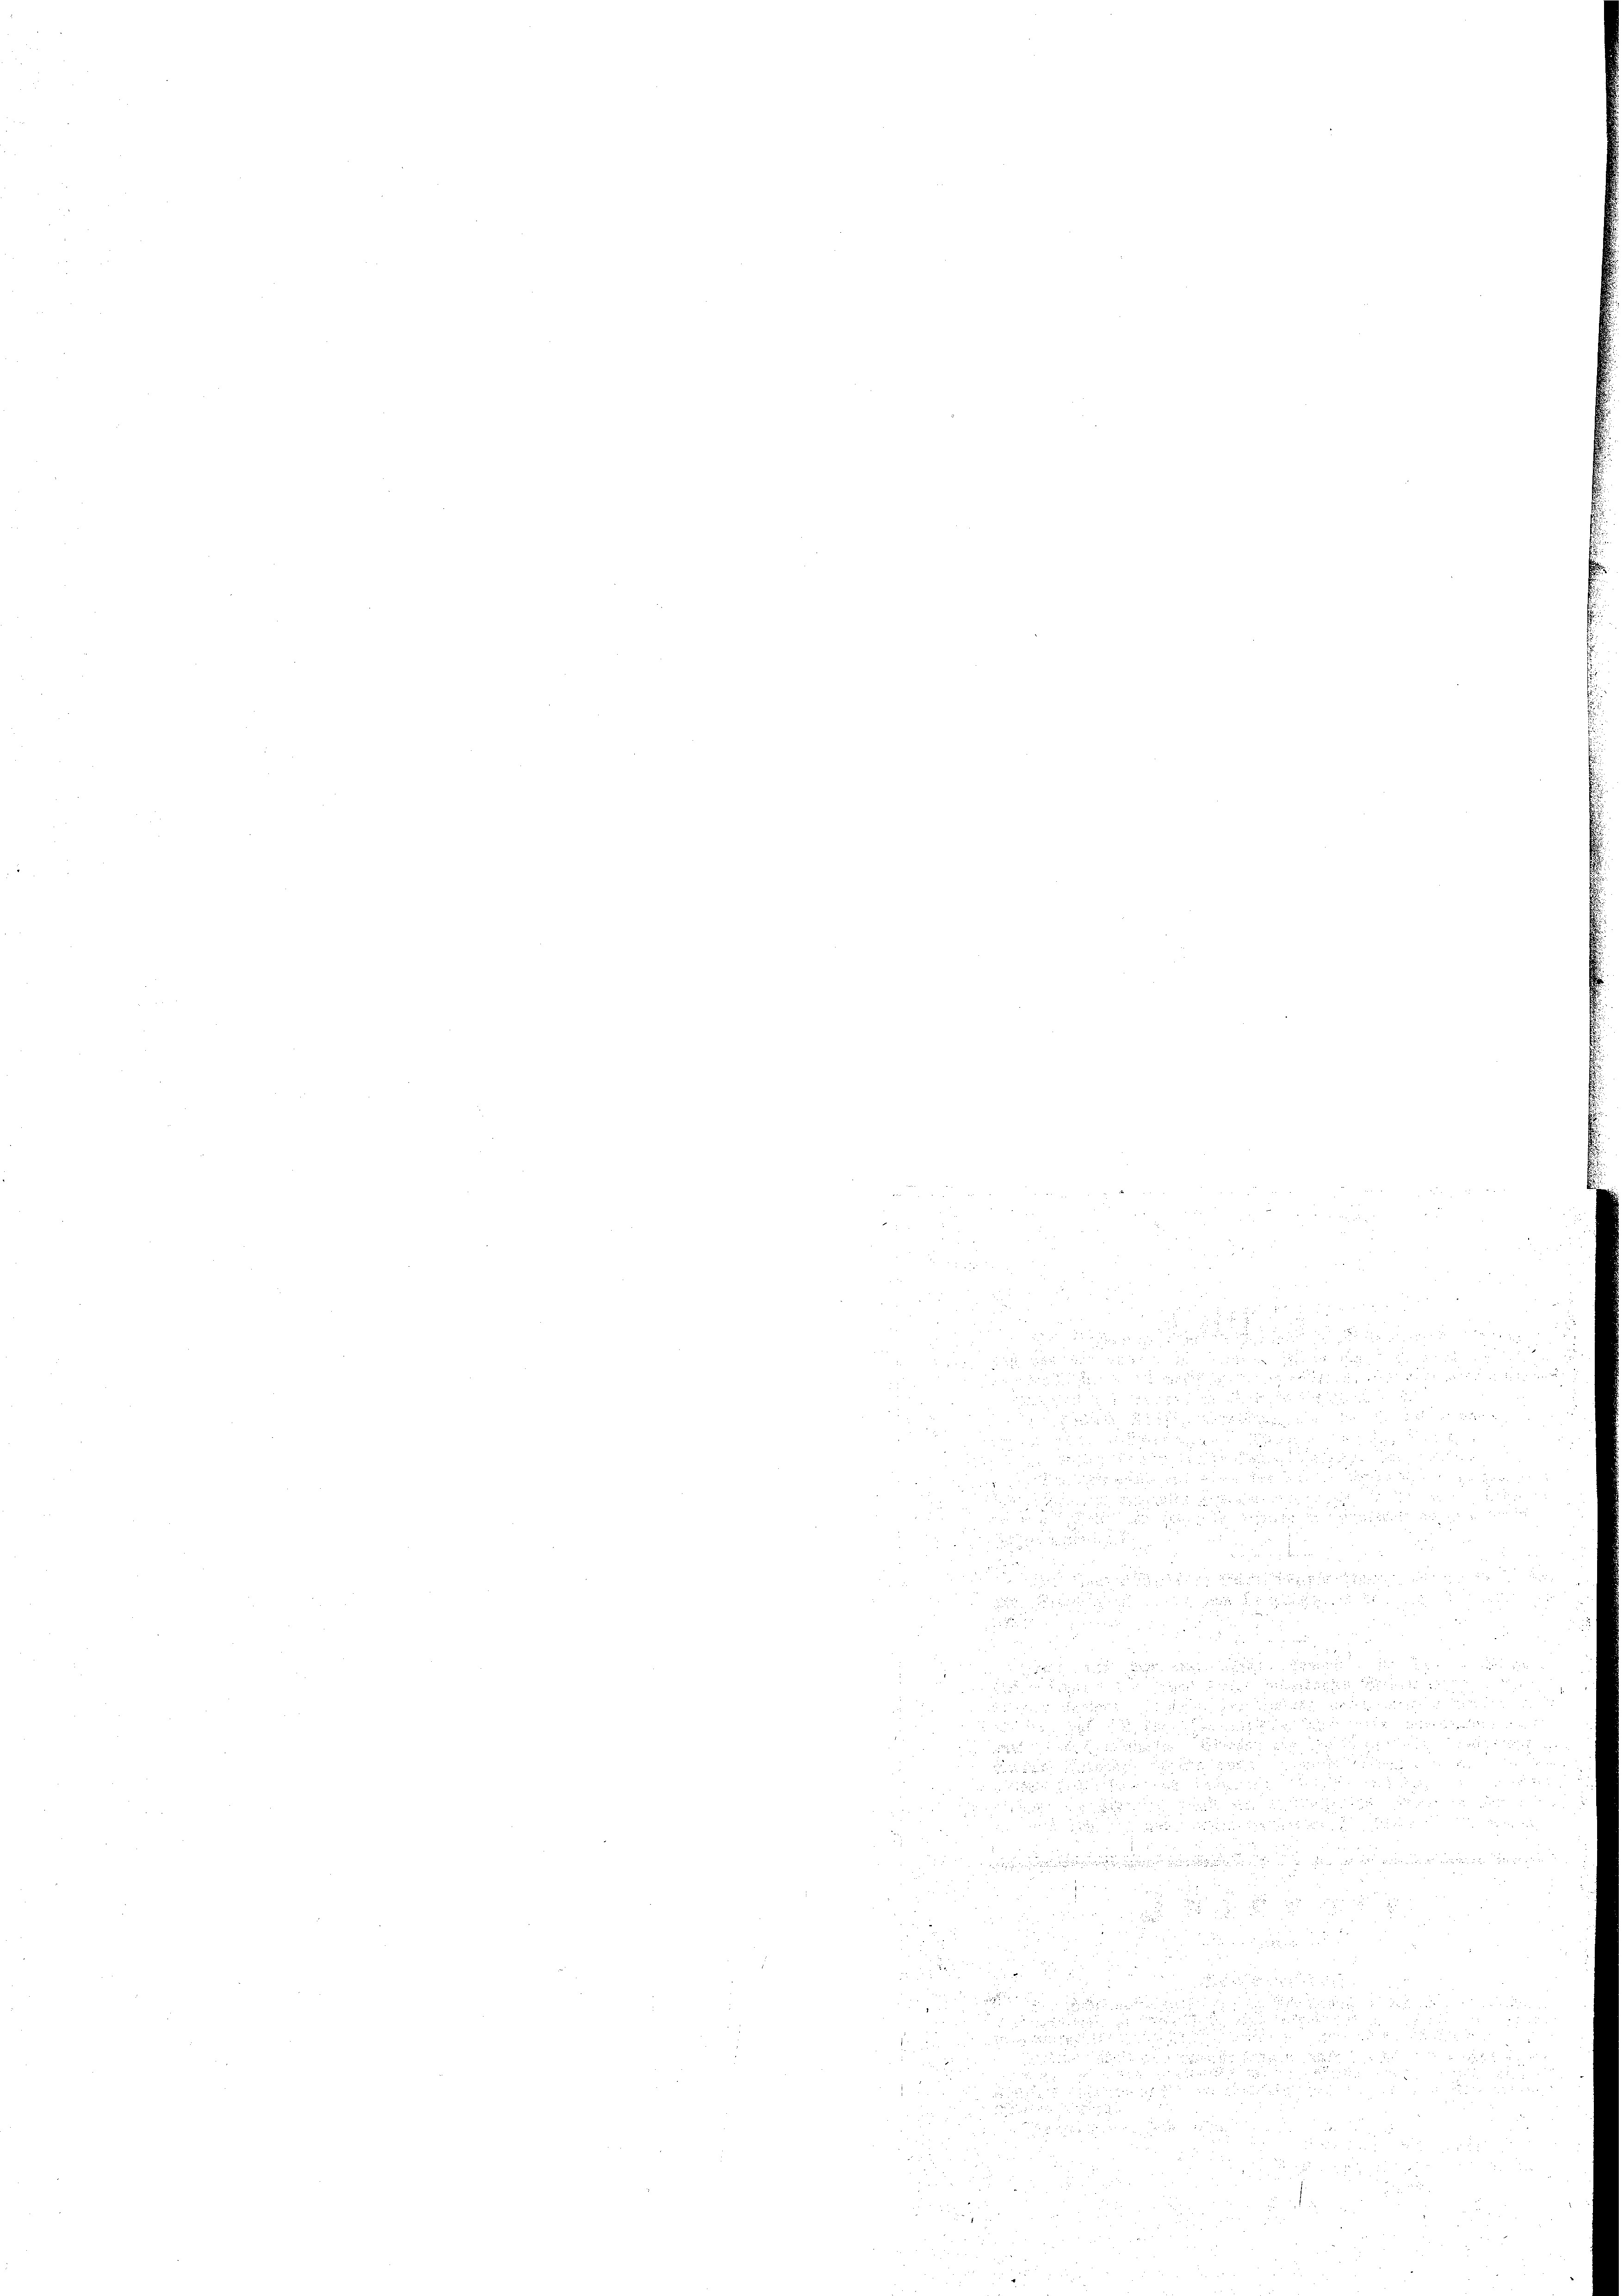
i

8

0 xx

e

22 x
               2

5
3
irung de

8 f 8 x
er

.
 x
xx

u

d

2

18